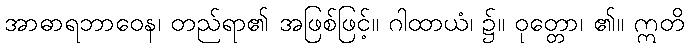
အာဓာရဘာဝေန၊ တည်ရာ၏ အဖြစ်ဖြင့်။ ဂါထာယံ၊ ၌။ ဝုတ္တော၊ ၏။ ဣတိ